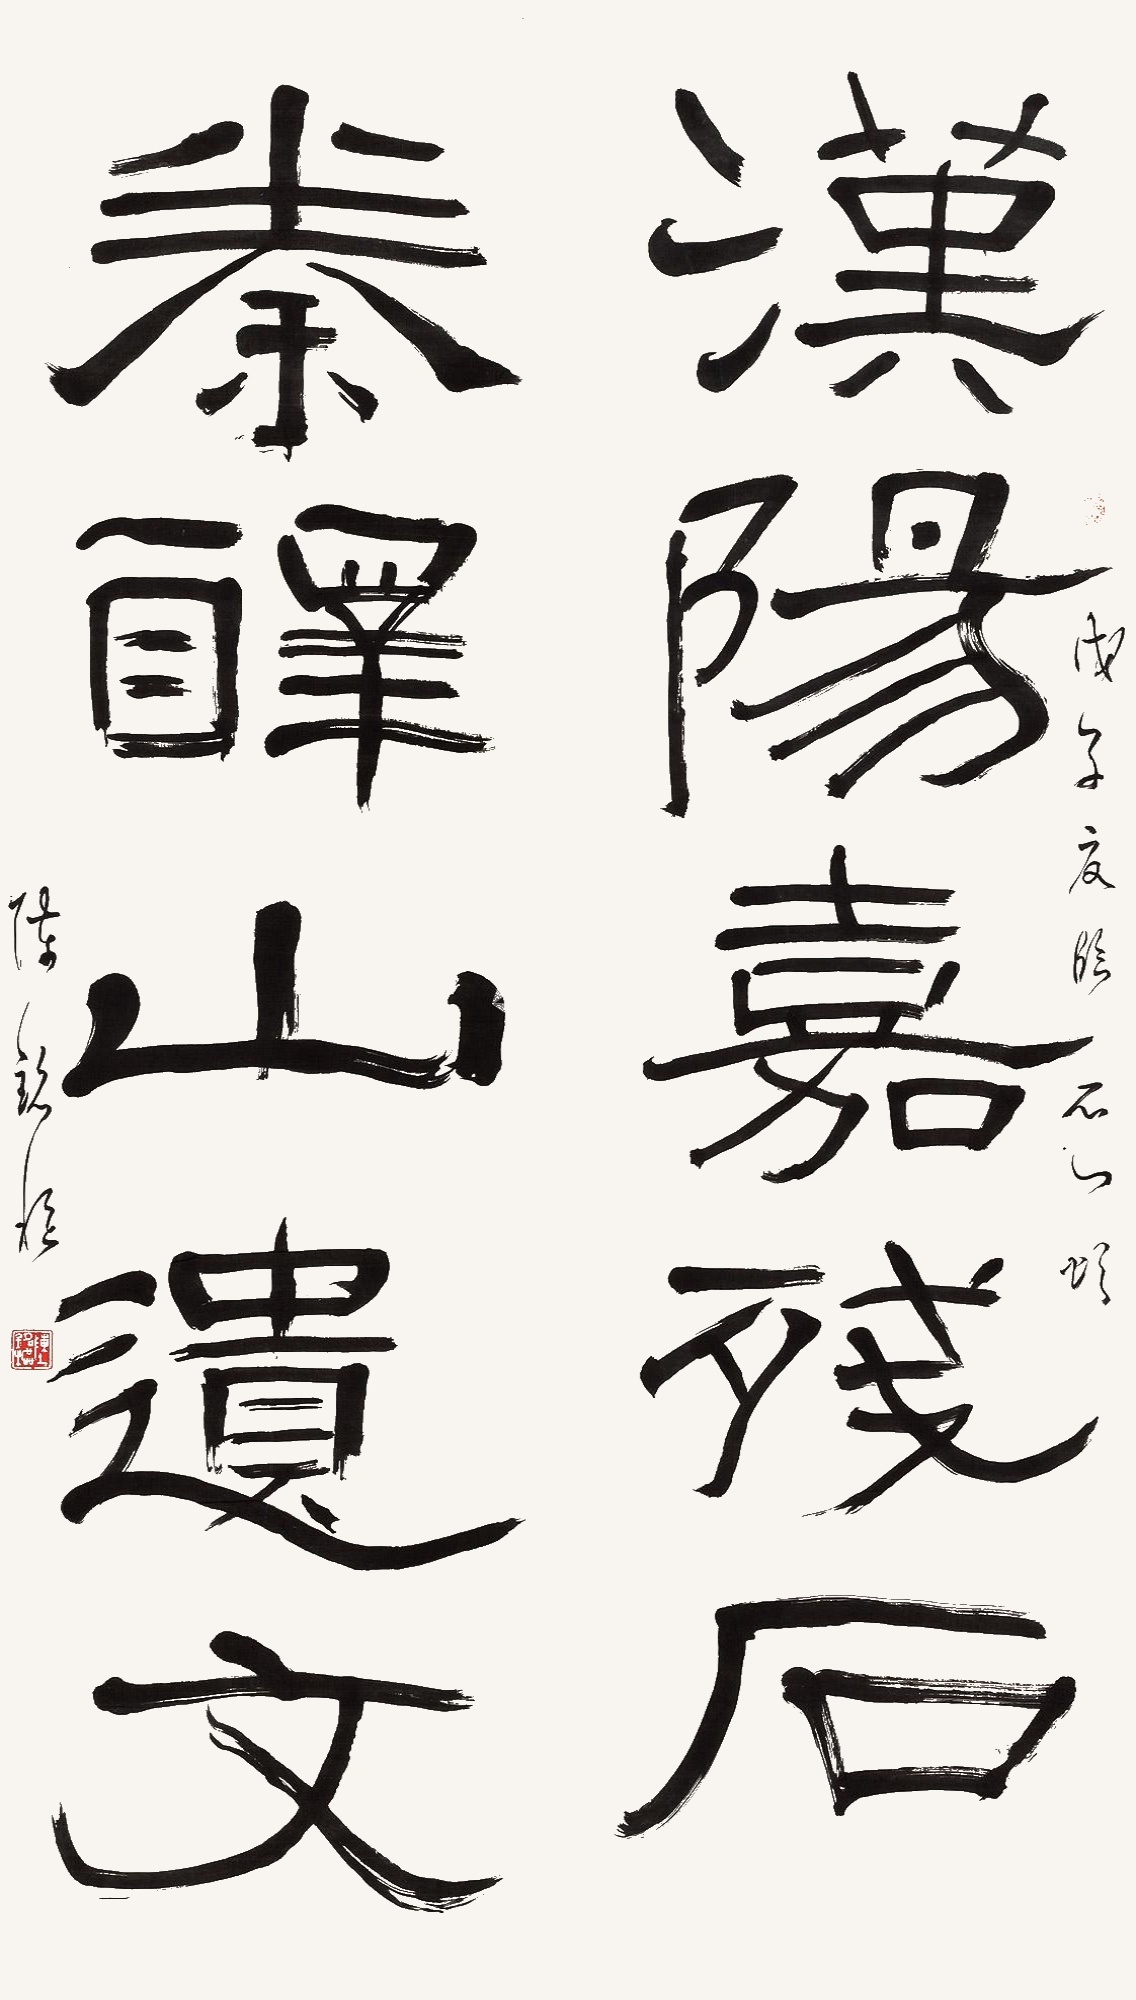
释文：汉阳嘉残石，秦醳山遗文。戊子夏临石门颂，陈铭枢。